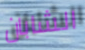
الشابان